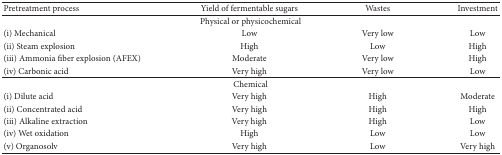
| Pretreatment process | Yield of fermentable sugars | Wastes | Investment |
 | --- | --- | --- | --- |
 | <COLSPAN=4> Physical or physicochemical |
 | (i) Mechanical | Low | Very low | Low |
 | (ii) Steam explosion | High | Low | High |
 | (iii) Ammonia fiber explosion (AFEX) | Moderate | Very low | High |
 | (iv) Carbonic acid | Very high | Very low | Low |
 | <COLSPAN=4> Chemical |
 | (i) Dilute acid | Very high | High | Moderate |
 | (ii) Concentrated acid | Very high | High | High |
 | (iii) Alkaline extraction | Very high | High | Low |
 | (iv) Wet oxidation | High | Low | Low |
 | (v) Organosolv | Very high | Low | Very high |